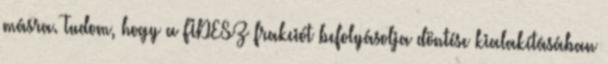
másra. Tudom, hogy a FIDESZ frakciót befolyásolja döntése kialakításában